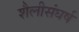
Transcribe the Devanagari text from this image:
शैलीसंघर्ष